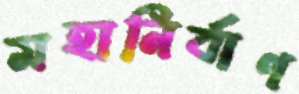
মহানির্বাণ